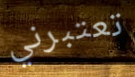
تعتبرني